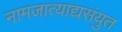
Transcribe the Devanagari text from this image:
नामजात्याद्यसंयुत